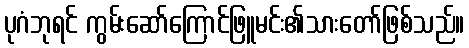
ပုဂံဘုရင် ကွမ်းဆော်ကြောင်ဖြူမင်း၏သားတော်ဖြစ်သည်။